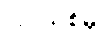
ပြင်သစ်မှ